Senior Leaving Certificate Examination (including Day School Certificate (Higher) General paper), 1949
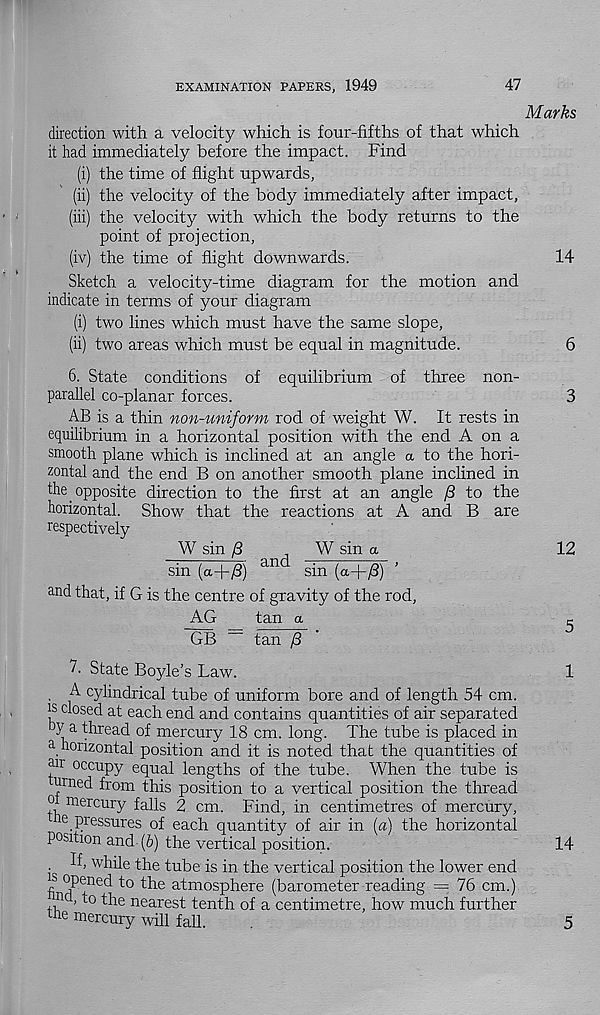
EXAMINATION PAPERS, 1949
47
Marks
direction with a velocity which is four-fifths of that which
it had immediately before the impact. Find
(i) the time of flight upwards,
(ii) the velocity of the body immediately after impact,
(iii) the velocity with which the body returns to the
point of projection,
(iv) the time of flight downwards.
14
Sketch a velocity-time diagram for the motion and
indicate in terms of your diagram
(i) two lines which must have the same slope,
(ii) two areas which must be equal in magnitude.
6
6. State conditions of equilibrium of three non-
parallel co-planar forces.
3
AB is a thin non-uniform rod of weight W. It rests in
equilibrium in a horizontal position with the end A on a
smooth plane which is inclined at an angle a to the hori-
zontal and the end B on another smooth plane inclined in
the opposite direction to the first at an angle /3 to the
horizontal. Show that the reactions at A and B are
respectively
W sin /3
j
W sin a
12
sin (a+yS) an
sin (a-f/3)
and that, if G is the centre of gravity of the rod,
AG
tan a
c
GB ~~ tan /3
7- State Boyle’s Law.
. A cylindrical tube of uniform bore and of length 54 cm.
is closed at each end and contains quantities of air separated
y a thread of mercury 18 cm. long. The tube is placed in
a horizontal position and it is noted that the quantities of
an occupy equal lengths of the tube. When the tube is
nrned from this position to a vertical position the thread
oi mercury falls 2 cm. Find, in centimetres of mercury,
e pressures of each quantity of air in {a) the horizontal
position and- (6) the vertical position.
j
while the tube is in the vertical position the lower end
s opened to the atmosphere (barometer reading = 76 cm.)
A 1 , io the nearest tenth of a centimetre, how much further
tne mercury will fall.
1
14
5